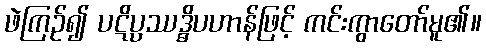
ဖဲကြဉ်၍ ပဋိပ္ပဿဒ္ဓိပဟာန်ဖြင့် ကင်းကွာတော်မူ၏။